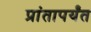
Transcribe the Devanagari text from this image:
प्रांतापर्यंत